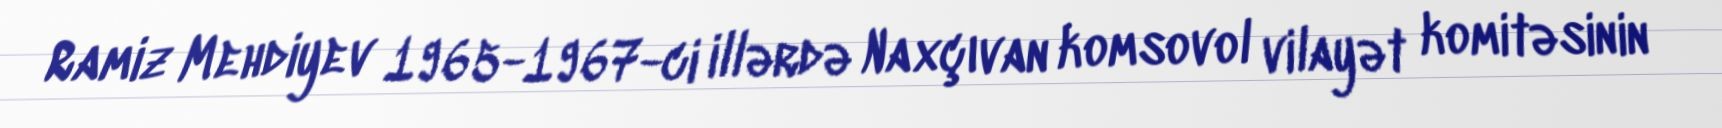
Ramiz Mehdiyev 1965-1967-ci illərdə Naxçıvan komsovol vilayət komitəsinin